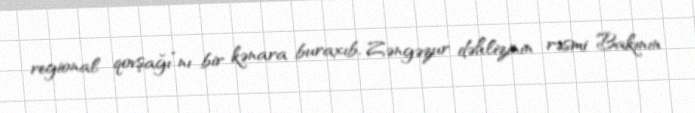
regional qovşağı”nı bir kənara buraxıb, Zəngəzur dəhlizinin rəsmi Bakının